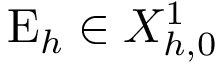
\mathrm { E } _ { h } \in X _ { h , 0 } ^ { 1 }